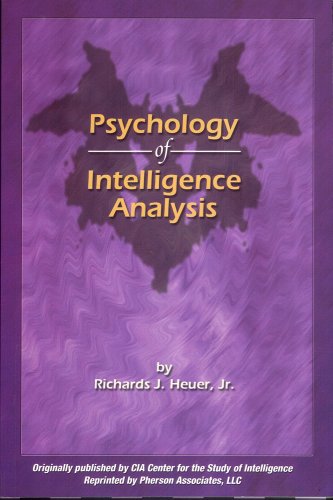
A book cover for Psychology of Intelligence Analysis; Richards J. Heuer Jr.; Literature & Fiction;